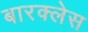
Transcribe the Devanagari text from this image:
बारक्लेस